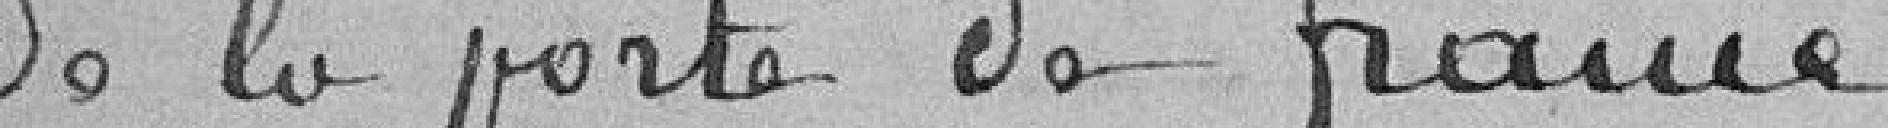
de la porte de France